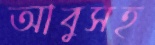
আবুসহ